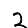
Digit: 2